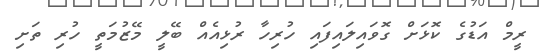
ރީމް އަޑުގެ ކޮޅަށް ގޮވައިލައިފައި ހުރިހާ ރުޅިއެއް ބޭލީ މޭޒުމަތީ ހުރި ތަށި